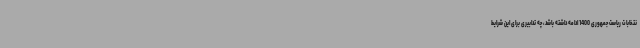
نتخابات ریاست جمهوری 1400 ادامه داشته باشد، چه تدابیری برای این شرایط